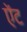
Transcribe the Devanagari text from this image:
ऐंट